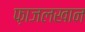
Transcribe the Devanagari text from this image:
फ़ाजलखान